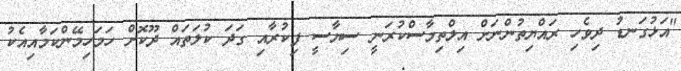
"އަޅުގަނޑު ދިވެހި ރައްޔިތުންނަށް އިލްތިމާސްކުރަނީ ސިޔާސީ ފިކުރާއި ގަދަ ކުލަތައް ދޫކޮށް ހަމަހިމޭންކަމާއިއެކު